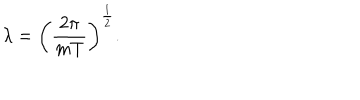
\lambda = \biggl ( { \frac { 2 \pi } { m T } } \biggr ) ^ { \frac { 1 } { 2 } } .